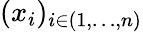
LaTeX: (x_{i})_{i\in(1,\ldots,n)}